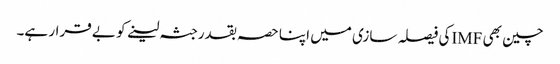
چین بھی IMFکی فیصلہ سازی میں اپنا حصہ بقدرجثہ لینے کو بے قرار ہے۔